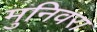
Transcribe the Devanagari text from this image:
मुनिवरा